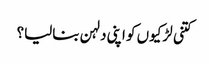
کتنی لڑکیوں کو اپنی دلہن بنالیا؟